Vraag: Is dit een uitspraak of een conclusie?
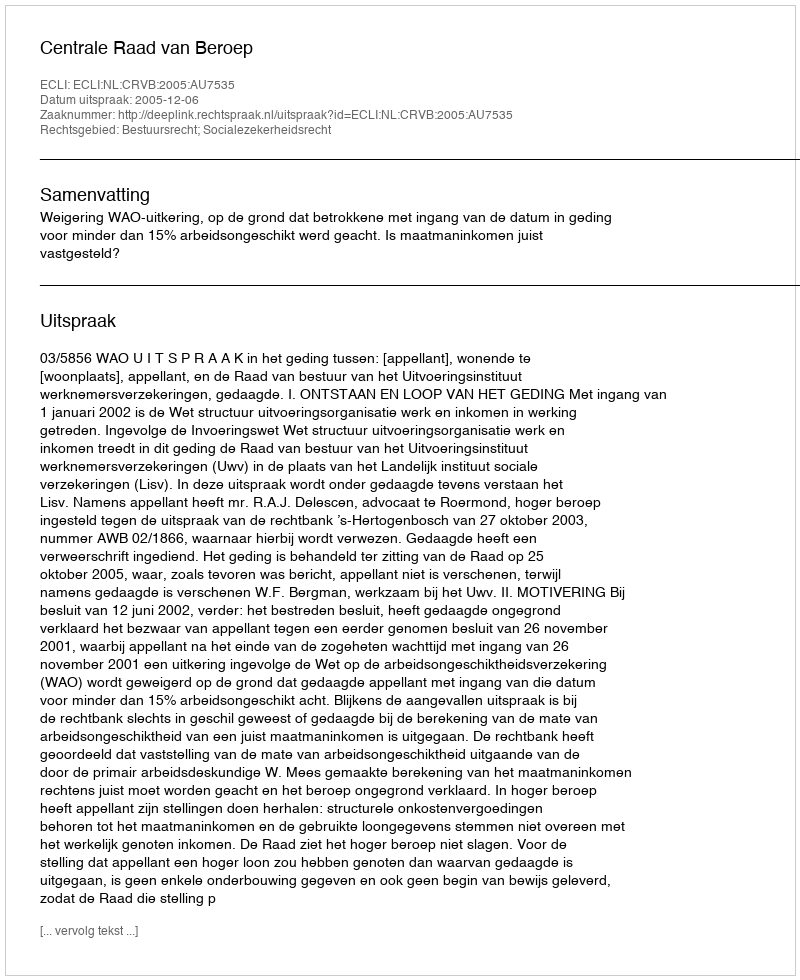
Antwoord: Uitspraak